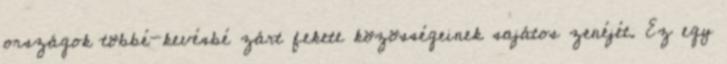
országok többé-kevésbé zárt fekete közösségeinek sajátos zenéjét. Ez egy